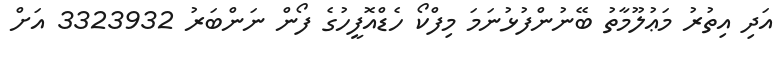
އަދި އިތުރު މަޢުލޫމާތު ބޭނުންފުޅުނަމަ މިފްކޯ ހެޑްއޮފީހުގެ ފޯން ނަންބަރު 3323932 އަށް